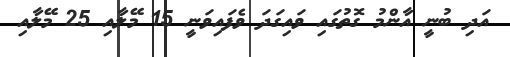
އަދި ބުނީ އާންމު ގޮތުގައި ވައިގަދަ ވެފައިވަނީ 15 މޭލާއި 25 މޭލާއި